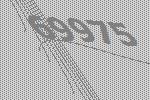
69975